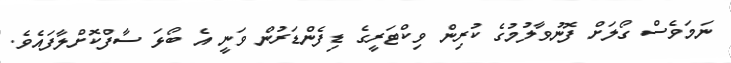
ނަމަވެސް ގޯލަށް ފޮނުވާލުމުގެ ކުރިން ވިކްޓަރީގެ ޑިފެންޑަރުން ވަނީ އެ ބޯޅަ ސާފްކޮށްލާފައެވެ.